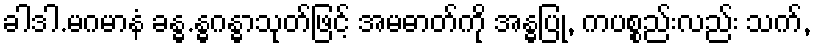
ခါဒါ.မဂမာနံ ခန္ဓ.န္ဓဂန္ဓာသုတ်ဖြင့် အမဓာတ်ကို အန္ဓပြု, ကပစ္စည်းလည်း သက်,